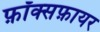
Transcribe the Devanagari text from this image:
फ़ॉक्सफ़ायर